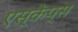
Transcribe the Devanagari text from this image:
एस्केप्स